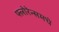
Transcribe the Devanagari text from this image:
फ्लोरेन्समधे